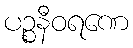
ပဉ္စနီဝရဏေ